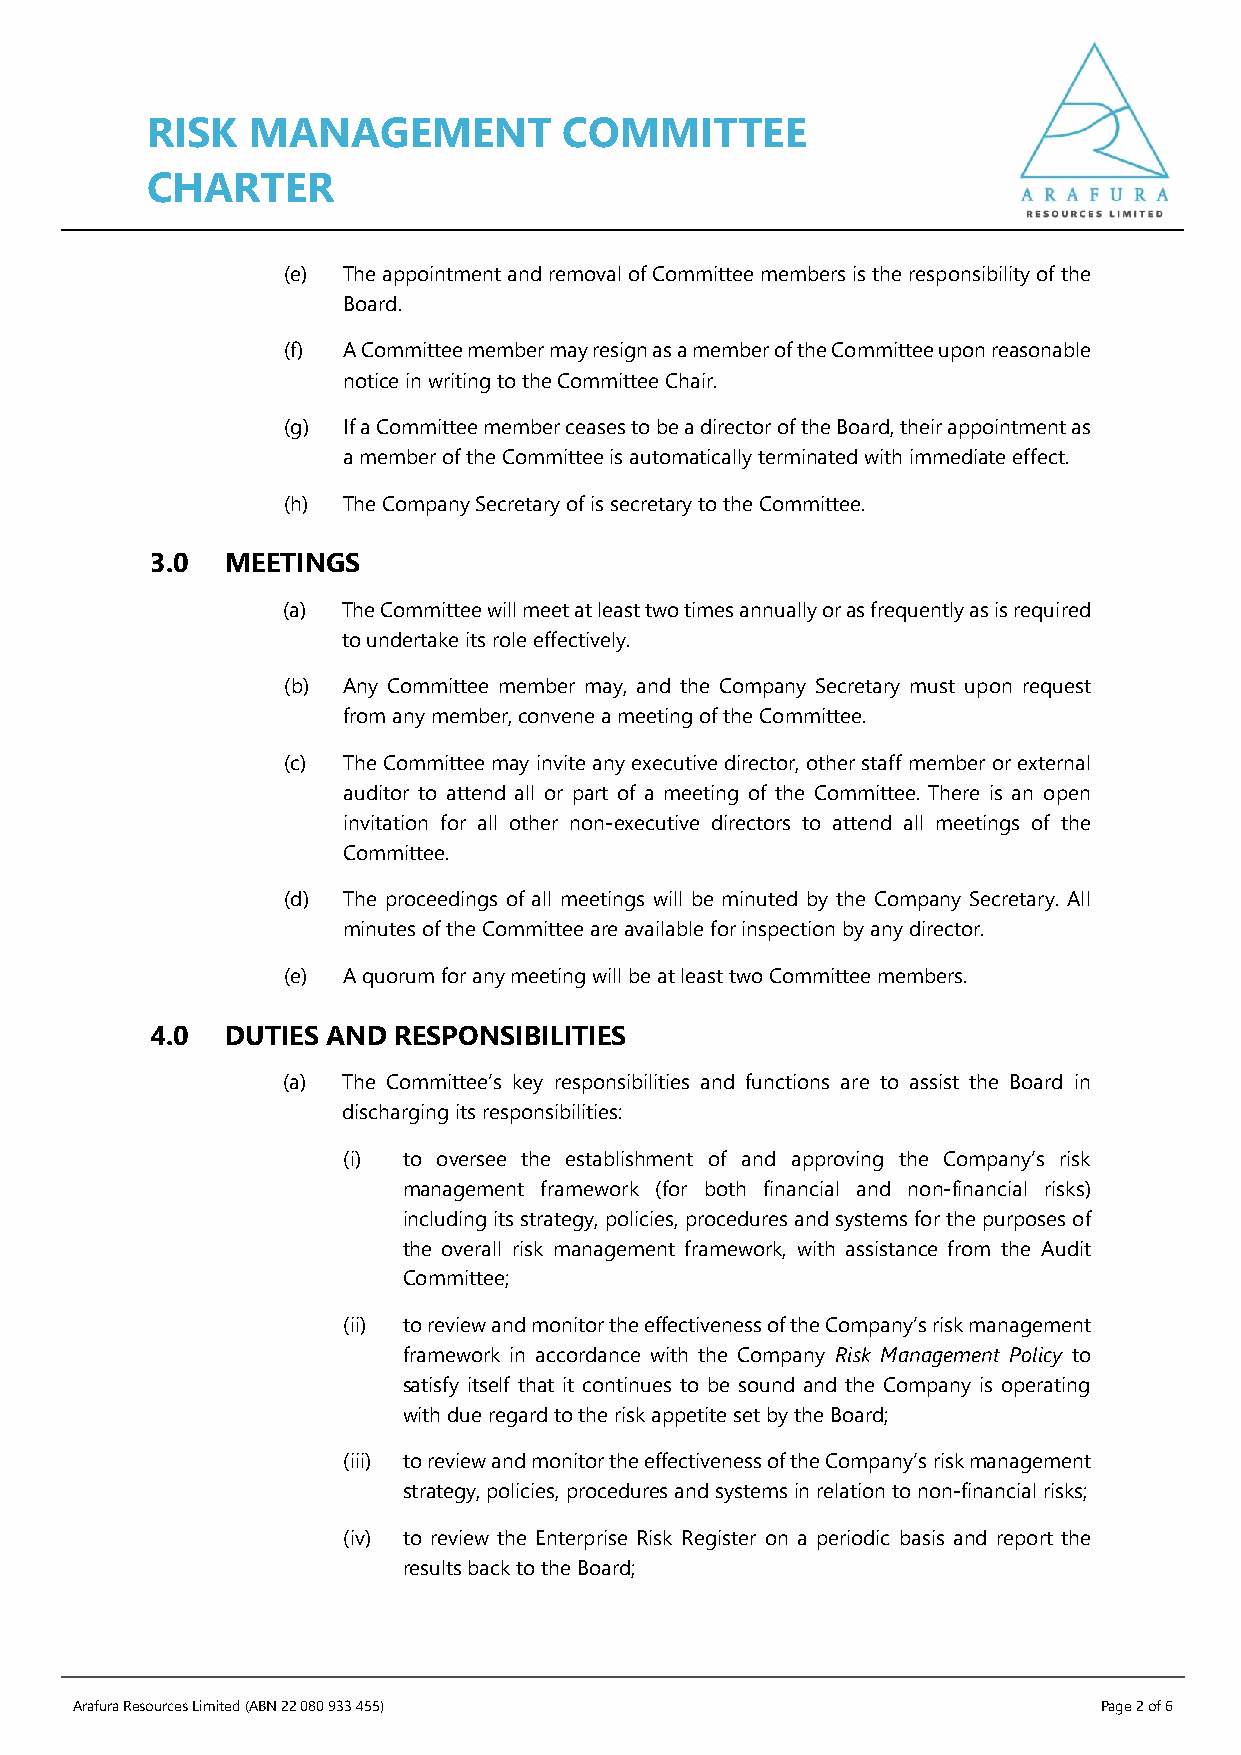
RISK  MANAGEMENT           COMMITTEE
 CHARTER
 (e) The appointment and removal of Committee members is the responsibility of the
 Board.
 (f) A Committee member may resign as a member of the Committee upon reasonable
 notice in writing to the Committee Chair.
 (g) If a Committee member ceases to be a director of the Board, their appointment as
 a member of the Committee is automatically terminated with immediate effect.
 (h) The Company Secretary of is secretary to the Committee.
 3.0  MEETINGS
 (a) The Committee will meet at least two times annually or as frequently as is required
 to undertake its role effectively.
 (b) Any Committee member may, and the Company Secretary must upon request
 from any member, convene a meeting of the Committee.
 (c) The Committee may invite any executive director, other staff member or external
 auditor to attend all or part of a meeting of the Committee. There is an open
 invitation for all other non-executive directors to attend all meetings of the
 Committee.
 (d) The proceedings of all meetings will be minuted by the Company Secretary. All
 minutes of the Committee are available for inspection by any director.
 (e) A quorum for any meeting will be at least two Committee members.
 4.0  DUTIES AND RESPONSIBILITIES
 (a) The Committee’s key responsibilities and functions are to assist the Board in
 discharging its responsibilities:
 (i) to oversee the establishment of and approving the Company’s risk
 management framework (for both financial and non-financial risks)
 including its strategy, policies, procedures and systems for the purposes of
 the overall risk management framework, with assistance from the Audit
 Committee;
 (ii) to review and monitor the effectiveness of the Company’s risk management
 framework in accordance with the Company Risk Management Policy to
 satisfy itself that it continues to be sound and the Company is operating
 with due regard to the risk appetite set by the Board;
 (iii) to review and monitor the effectiveness of the Company’s risk management
 strategy, policies, procedures and systems in relation to non-financial risks;
 (iv) to review the Enterprise Risk Register on a periodic basis and report the
 results back to the Board;
 Arafura Resources Limited (ABN 22 080 933 455)                      Page 2 of 6